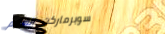
سوبرماركت السلام